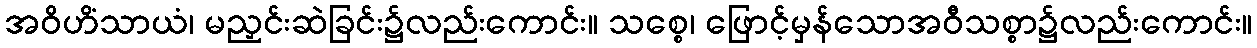
အဝိဟိံသာယံ၊ မညှင်းဆဲခြင်း၌လည်းကောင်း။ သစ္စေ၊ ဖြောင့်မှန်သောအဝီသစ္စာ၌လည်းကောင်း။